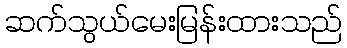
ဆက်သွယ်မေးမြန်းထားသည်